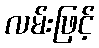
လမ်းဖြင့်